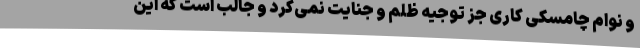
و نوام چامسکی کاری جز توجیه ظلم و جنایت نمی‌کرد و جالب است که این